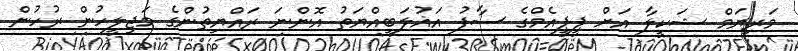
މަރިޔަމް ޝަކީލާ އަށް ޕީޕީއެމްގެ ސާފު އަޣުލަބިއްޔަތު އޮންނަ ރައްޔިތުންގެ މަޖިލީހުން ރުހުން